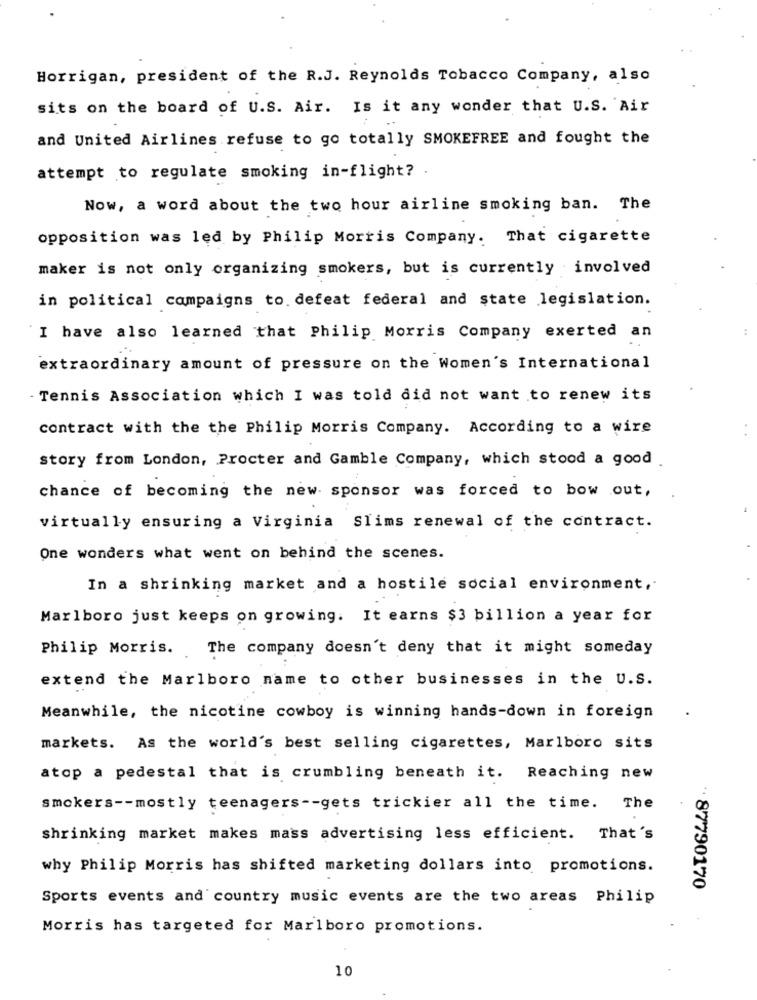
Horrigan, president of the R.J. Reynolds Tobacco Company, also
sits on the board of U.S. Air. Is it any wonder that U.S. Air
and United Airlines refuse to go totally SMOKEFREE and fought the
attempt to regulate smoking in-flight? .
Now, a word about the two hour airline smoking ban. The
opposition was led by Philip Morris Company. That cigarette
maker is not only organizing smokers, but is currently involved
in political campaigns to defeat federal and state legislation.
I have also learned that Philip Morris Company exerted an
extraordinary amount of pressure on the Women's International
- Tennis Association which I was told did not want to renew its
contract with the the Philip Morris Company. According to a wire
story from London, Procter and Gamble Company, which stood a good
chance of becoming the new sponsor was forced to bow out,
virtually ensuring a Virginia SIims renewal of the contract.
One wonders what went on behind the scenes.
In a shrinking market and a hostile social environment,
Marlboro just keeps on growing. It earns $3 billion a year for
Philip Morris ..
The company doesn't deny that it might someday
extend the Marlboro name to other businesses in the U.S.
Meanwhile, the nicotine cowboy is winning hands-down in foreign
markets. As the world's best selling cigarettes, Marlboro sits
atop a pedestal that is crumbling beneath it. Reaching new
smokers -- mostly teenagers -- gets trickier all the time. The
shrinking market makes mass advertising less efficient. That's
why Philip Morris has shifted marketing dollars into promotions.
.. 87790170
Sports events and country music events are the two areas Philip
Morris has targeted for Marlboro promotions.
10